Vaccination in Bombay 1874-1876 - 1874-1876
Year: 1874
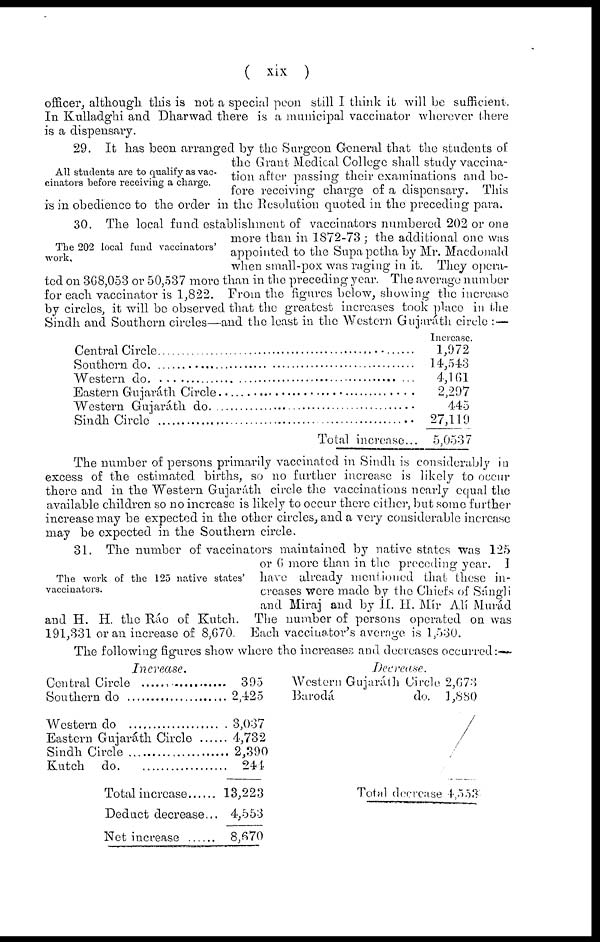
( xix )
officer, although this is not a special peon still I think it will be sufficient.
In Kulladghi and Dharwad there is a municipal vaccinator wherever there
is a dispensary.
All students are to qualify as vac-
cinators before receiving a charge.
29. It has been arranged by the Surgeon General that the students of
the Grant Medical College shall study vaccina-
tion after passing their examinations and be-
fore receiving charge of a dispensary. This
is in obedience to the order in the Resolution quoted in the preceding para.
The 202 local fund vaccinators'
work,
30. The local fund establishment of vaccinators numbered 202 or one
more than in 1872-73 ; the additional one was
appointed to the Supa petha by Mr. Macdonald
when small-pox was raging in it. They opera-
ted on 368,053 or 50,537 more than in the preceding year. The average number
for each vaccinator is 1,822. From the figures below, showing the increase
by circles, it will be observed that the greatest increases took place in the
Sindh and Southern circles—and the least in the Western Gujaráth circle : —
Central Circle.................................
Southern do....................................
Western do....................................
Eastern Gujaráth Circle..................
Western Gujaráth do.....................
Sindh Circle.................................
Total increase...
Increase.
1,972
14,543
4,161
2,297
445
27,119
5,0537
The number of persons primarily vaccinated in Sindh is considerably in
excess of the estimated births, so no further increase is likely to occur
there and in the Western Gujaráth circle the vaccinations nearly equal the
available children so no increase is likely to occur there either, but some further
increase may be expected in the other circles, and a very considerable increase
may be expected in the Southern circle.
The work of the 125 native states'
vaccinators.
31. The number of vaccinators maintained by native states was 125
or 6 more than in the preceding year. I
have already mentioned that these in-
creases were made by the Chiefs of Sángli
and Miraj and by H. H. Mír Alí Murád
and H. H. the Ráo of Kutch. The number of persons operated on was
191,331 or an increase of 8,670. Each vaccinator's average is 1,530.
The following figures show where the increases and decreases occurred:—
Increase.
Central Circle..............................
Southern do..............................
Western do
Eastern Gujaráth Circle
Sindh Circle ...........................
Kutch do
Total increase
Deduct decrease...
Net increase
395
2,425
3,037
4,732
2,390
244
13,223
4,553
8,670
Decrease.
Western Gujaráth Circle
Baroda
do.
Total decrease
2,673
1,880
4,553